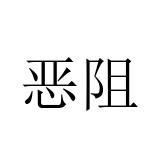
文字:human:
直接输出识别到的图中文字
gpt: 恶阻